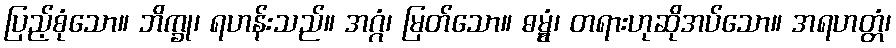
ပြည့်စုံသော။ ဘိက္ခု၊ ရဟန်းသည်။ အဂ္ဂံ၊ မြတ်သော။ ဓမ္မွံ၊ တရားဟုဆိုအပ်သော။ အရဟတ္တံ၊